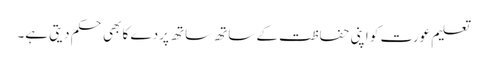
تعلیم عورت کو اپنی حفاظت کے ساتھ ساتھ پردے کا بھی حکم دیتی ہے۔